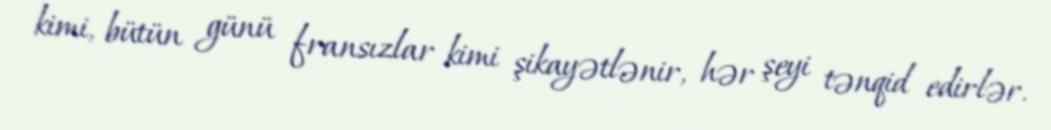
kimi, bütün günü fransızlar kimi şikayətlənir, hər şeyi tənqid edirlər.